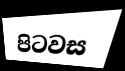
පිටවස